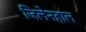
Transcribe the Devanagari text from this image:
जिलेनहाल